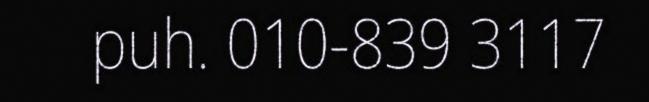
puh. 010-839 3117